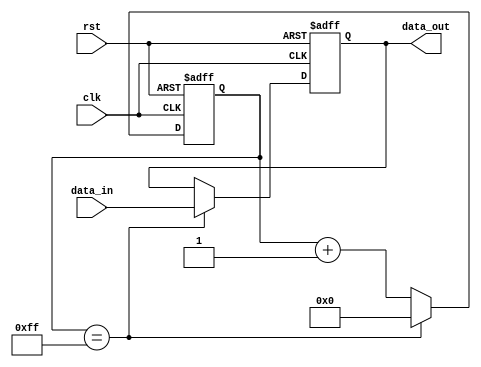
module RC_Delay (
    input wire clk,
    input wire rst,
    input wire data_in,
    output reg data_out
);

reg [7:0] counter;

always @(posedge clk or posedge rst) begin
    if (rst) begin
        counter <= 0;
        data_out <= 0;
    end else begin
        if (counter == 8'b11111111) begin
            counter <= 0;
            data_out <= data_in;
        end else begin
            counter <= counter + 1;
            data_out <= data_out;
        end
    end
end

endmodule